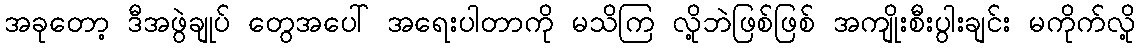
အခုတော့ ဒီအဖွဲချုပ် တွေအပေါ် အရေးပါတာကို မသိကြ လို့ဘဲဖြစ်ဖြစ် အကျိုးစီးပွါးချင်း မကိုက်လို့